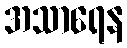
အသာရေန